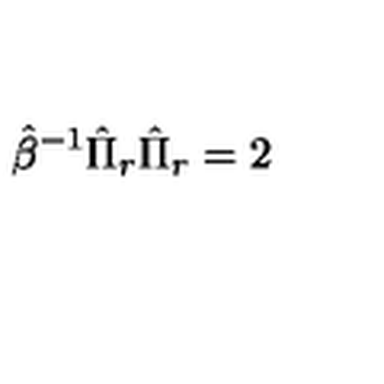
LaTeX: \hat { \beta } ^ { - 1 } \hat { \Pi } _ { r } \hat { \Pi } _ { r } = 2